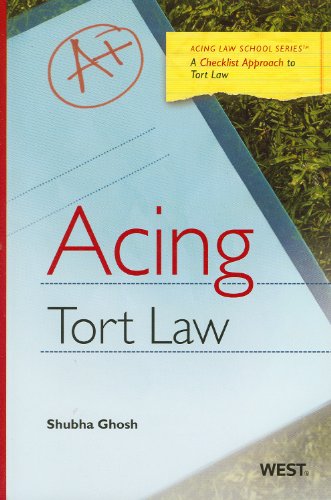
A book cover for Acing Tort Law: A Checklist Approach to Tort Law (Acing Law School Series); Shubha Ghosh; Law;